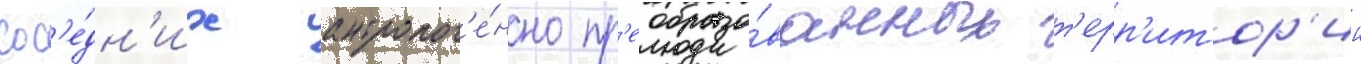
сос'е́дн'их антропог'е́нно пр'еобразо́ванных т'ерр'итор'ии